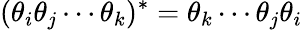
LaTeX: (\theta_{i}\theta_{j}\cdots\theta_{k})^{*}=\theta_{k}\cdots\theta_{j}\theta_{i}